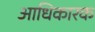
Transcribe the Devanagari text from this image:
अाधिकारक